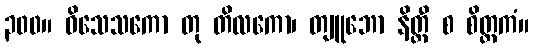
၃၀၀။ ဝိသေသကော တု တိလကော၊ တျူဘော နိတ္ထီ စ စိတ္တကံ။